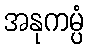
အနုကမ္ပံ